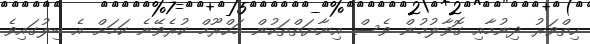
ހިތްވަރު ދިނުމާއި ގޮވާލުމުން ވެސް އިނާޔަތްތަކުން މަހްރޫމް ކުރެވޭނެ ކަމަށް އެ ބިލުގައިވެ